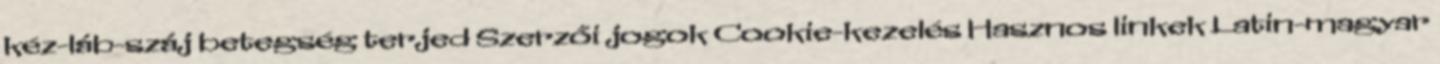
kéz-láb-száj betegség terjed Szerzői jogok Cookie-kezelés Hasznos linkek Latin-magyar